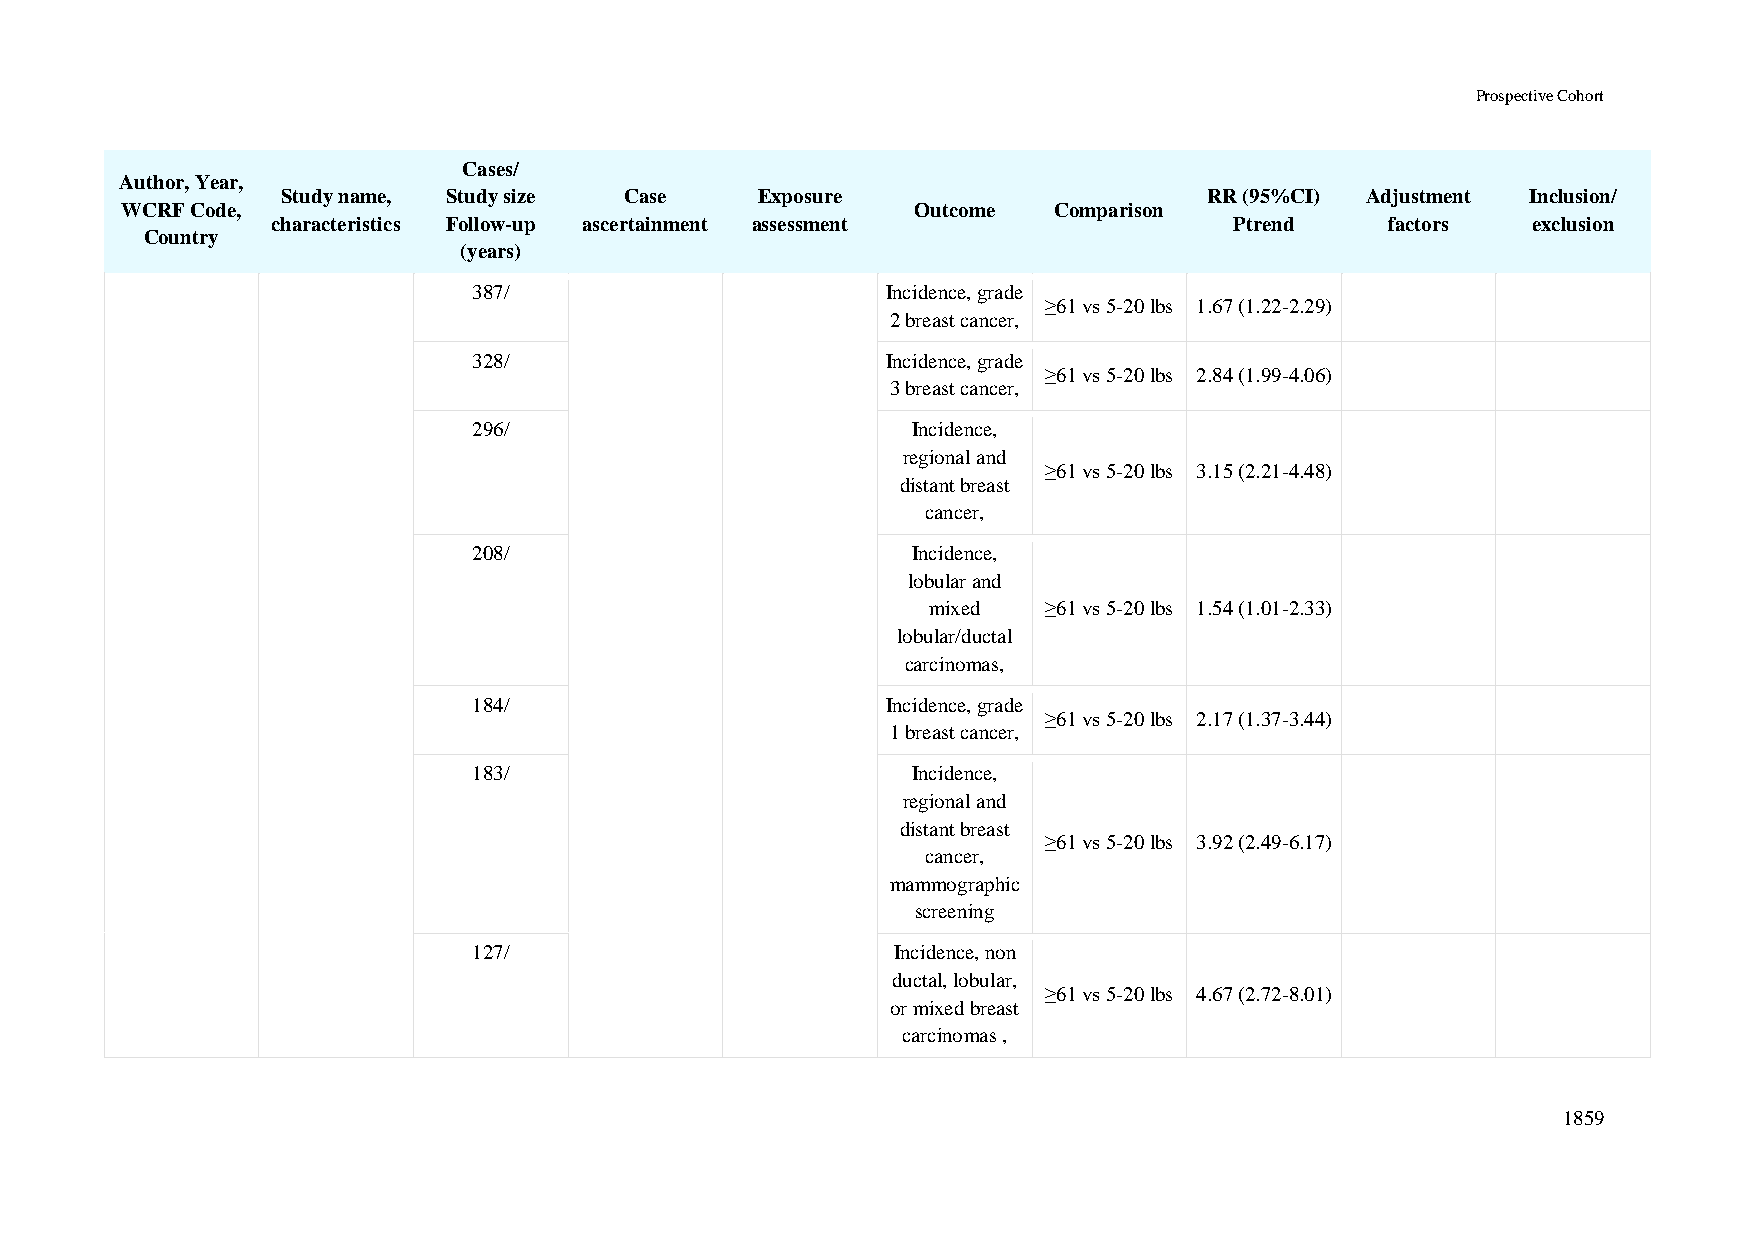
Prospective Cohort
 Cases/
 Author, Year,
 Study name, Study size Case    Exposure                      RR (95%CI) Adjustment Inclusion/
 WCRF Code,                                           Outcome  Comparison
 characteristics Follow-up ascertainment assessment              Ptrend    factors  exclusion
 Country
 (years)
 387/                        Incidence, grade
 ≥61 vs 5-20 lbs 1.67 (1.22-2.29)
 2 breast cancer,
 328/                        Incidence, grade
 ≥61 vs 5-20 lbs 2.84 (1.99-4.06)
 3 breast cancer,
 296/                         Incidence,
 regional and
 ≥61 vs 5-20 lbs 3.15 (2.21-4.48)
 distant breast
 cancer,
 208/                         Incidence,
 lobular and
 mixed   ≥61 vs 5-20 lbs 1.54 (1.01-2.33)
 lobular/ductal
 carcinomas,
 184/                        Incidence, grade
 ≥61 vs 5-20 lbs 2.17 (1.37-3.44)
 1 breast cancer,
 183/                         Incidence,
 regional and
 distant breast
 ≥61 vs 5-20 lbs 3.92 (2.49-6.17)
 cancer,
 mammographic
 screening
 127/                        Incidence, non
 ductal, lobular,
 ≥61 vs 5-20 lbs 4.67 (2.72-8.01)
 or mixed breast
 carcinomas ,
 1859